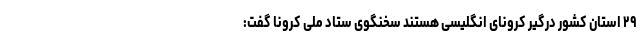
٢٩ استان کشور درگیر کرونای انگلیسی هستند سخنگوی ستاد ملی کرونا گفت: